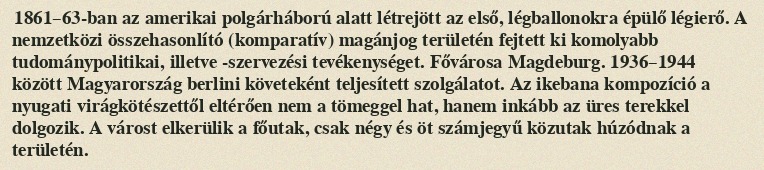
1861–63-ban az amerikai polgárháború alatt létrejött az első, légballonokra épülő légierő. A nemzetközi összehasonlító (komparatív) magánjog területén fejtett ki komolyabb tudománypolitikai, illetve -szervezési tevékenységet. Fővárosa Magdeburg. 1936–1944 között Magyarország berlini követeként teljesített szolgálatot. Az ikebana kompozíció a nyugati virágkötészettől eltérően nem a tömeggel hat, hanem inkább az üres terekkel dolgozik. A várost elkerülik a főutak, csak négy és öt számjegyű közutak húzódnak a területén.